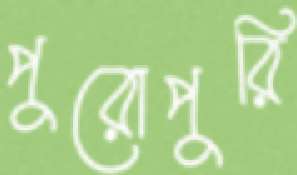
পুরোপুরি